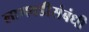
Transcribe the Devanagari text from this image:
लागवडीसंबंधी